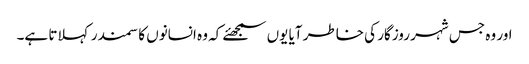
اور وہ جس شہر روزگار کی خاطر آیا یوں سمجھئے کہ وہ انسانوں کا سمندر کہلاتا ہے۔